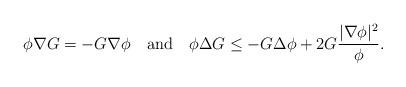
LaTeX: \begin{align*}\phi \nabla G=-G\nabla\phi \quad\mbox{and} \quad\phi\Delta G\leq -G\Delta\phi+2G\frac{|\nabla\phi|^{2}}{\phi}.\end{align*}